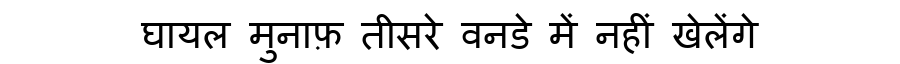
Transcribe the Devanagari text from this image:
घायल मुनाफ़ तीसरे वनडे में नहीं खेलेंगे